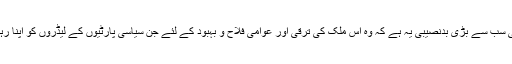
لیکن یہاں کے عوام کی سب سے بڑی بدنصیبی یہ ہے کہ وہ اس ملک کی ترقی اور عوامی فلاح و بہبود کے لئے جن سیاسی پارٹیوں کے لیڈروں کو اپنا رہنما منتخب کرتے ہیں ۔